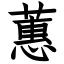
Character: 蕙